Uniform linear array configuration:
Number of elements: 48
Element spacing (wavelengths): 0.25
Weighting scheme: uniform
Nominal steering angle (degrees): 30
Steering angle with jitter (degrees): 30.429
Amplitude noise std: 0.05
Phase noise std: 0.05

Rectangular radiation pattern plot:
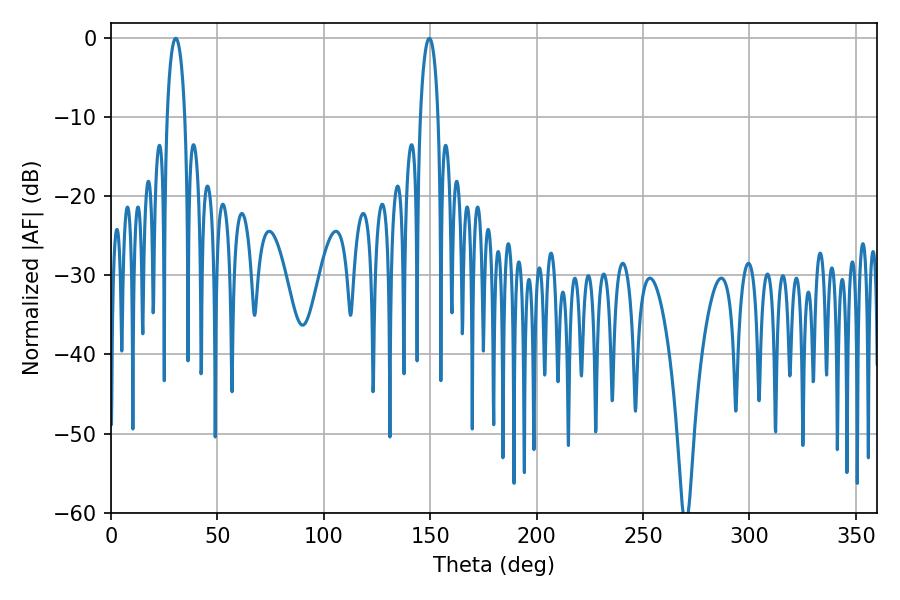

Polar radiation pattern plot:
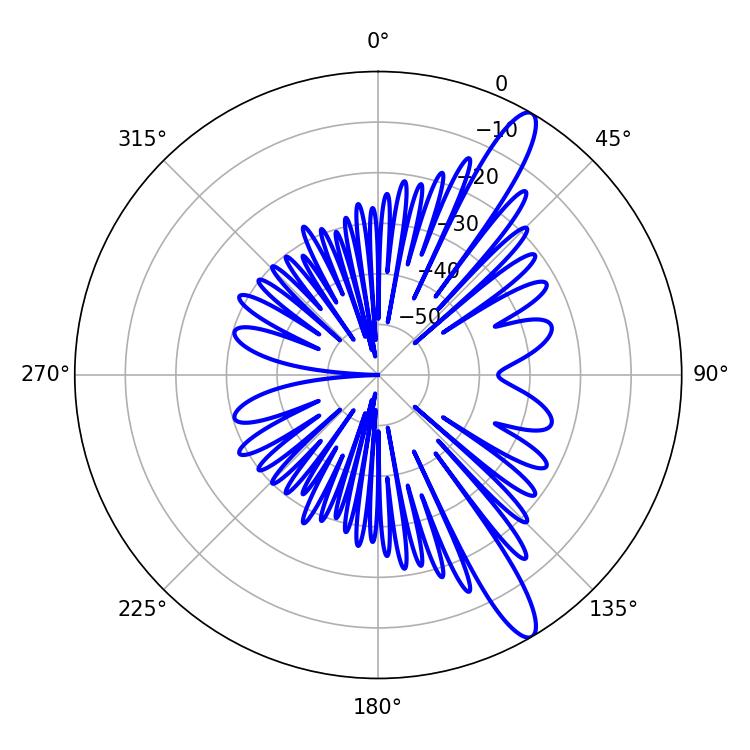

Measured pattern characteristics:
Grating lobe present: FALSE
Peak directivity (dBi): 13.122
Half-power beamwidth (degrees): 4.68
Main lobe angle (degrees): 30.42